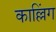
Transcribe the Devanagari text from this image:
काल्लिंग